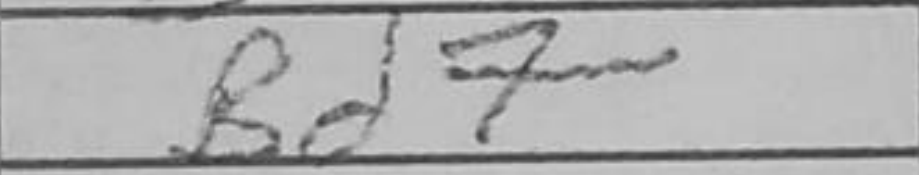
Transcription: Bd7